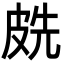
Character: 𭽧